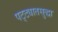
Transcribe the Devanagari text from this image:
पट्ट्यातसुद्धा